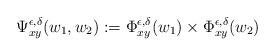
LaTeX: \begin{align*}\Psi_{xy}^{\epsilon,\delta}(w_1,w_2):=\Phi_{xy}^{\epsilon,\delta}(w_1)\times\Phi_{xy}^{\epsilon,\delta}(w_2)\end{align*}